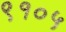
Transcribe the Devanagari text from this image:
९१०५